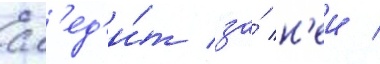
сл'ед'и́т за́ н'еи /